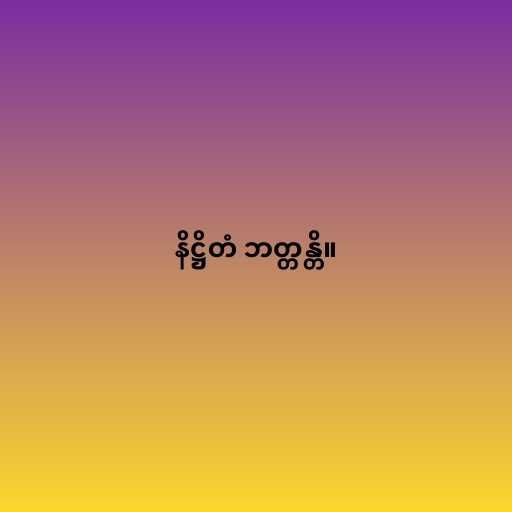
နိဋ္ဌိတံ ဘတ္တန္တိ။